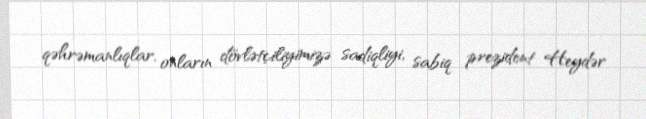
qəhrəmanlıqlar, onların dövlətçiliyimizə sadiqliyi, sabiq prezident Heydər